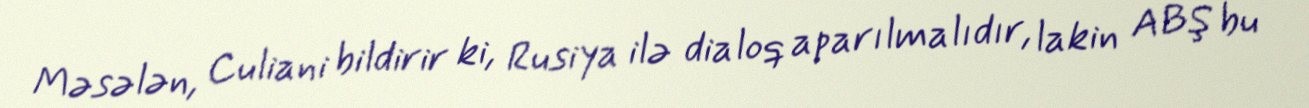
Məsələn, Culiani bildirir ki, Rusiya ilə dialoq aparılmalıdır, lakin ABŞ bu